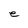
Character: B